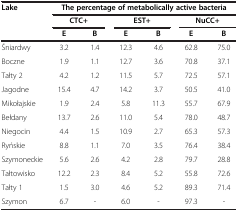
<table><thead><tr><td rowspan="3"><b>Lake</b></td><td colspan="6"><b>The percentage of metabolically active bacteria</b></td></tr><tr><td colspan="2"><b>CTC+</b></td><td colspan="2"><b>EST+</b></td><td colspan="2"><b>NuCC+</b></td></tr><tr><td><b>E</b></td><td><b>B</b></td><td><b>E</b></td><td><b>B</b></td><td><b>E</b></td><td><b>B</b></td></tr></thead><tbody><tr><td>Śniardwy</td><td>3.2</td><td>1.4</td><td>12.3</td><td>4.6</td><td>62.8</td><td>75.0</td></tr><tr><td>Boczne</td><td>1.9</td><td>1.1</td><td>12.7</td><td>3.6</td><td>70.8</td><td>37.1</td></tr><tr><td>Tałty 2</td><td>4.2</td><td>1.2</td><td>11.5</td><td>5.7</td><td>72.5</td><td>57.1</td></tr><tr><td>Jagodne</td><td>15.4</td><td>4.7</td><td>14.2</td><td>3.7</td><td>50.5</td><td>41.0</td></tr><tr><td>Mikołajskie</td><td>1.9</td><td>2.4</td><td>5.8</td><td>11.3</td><td>55.7</td><td>67.9</td></tr><tr><td>Bełdany</td><td>13.7</td><td>2.6</td><td>11.0</td><td>5.4</td><td>78.0</td><td>48.7</td></tr><tr><td>Niegocin</td><td>4.4</td><td>1.5</td><td>10.9</td><td>2.7</td><td>65.3</td><td>57.3</td></tr><tr><td>Ryńskie</td><td>8.8</td><td>1.1</td><td>7.0</td><td>3.5</td><td>76.4</td><td>38.4</td></tr><tr><td>Szymoneckie</td><td>5.6</td><td>2.6</td><td>4.2</td><td>2.8</td><td>79.7</td><td>28.8</td></tr><tr><td>Tałtowisko</td><td>12.2</td><td>2.3</td><td>8.4</td><td>5.2</td><td>55.8</td><td>72.6</td></tr><tr><td>Tałty 1</td><td>1.5</td><td>3.0</td><td>4.6</td><td>5.2</td><td>89.3</td><td>71.4</td></tr><tr><td>Szymon</td><td>6.7</td><td>-</td><td>6.0</td><td>-</td><td>97.3</td><td>-</td></tr></tbody></table>